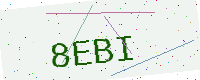
Text: 8EBI